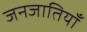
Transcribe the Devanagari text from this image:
जनजातियॉं